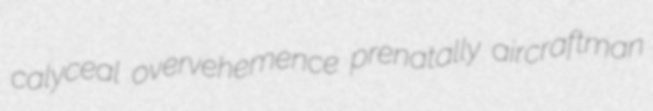
calyceal overvehemence prenatally aircraftman